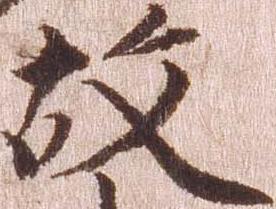
故